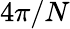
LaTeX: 4\pi/N